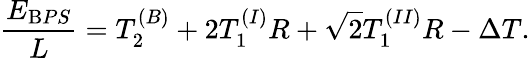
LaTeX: \frac{E_{{\mathrm BPS}}}{L}=T_{2}^{(B)}+2T_{1}^{(I)}R+\sqrt{2}T_{1}^{(II)}R-\Delta T.